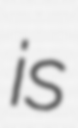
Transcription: is